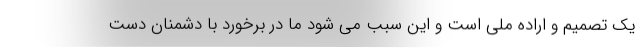
یک تصمیم و اراده ملی است و این سبب می شود ما در برخورد با دشمنان دست